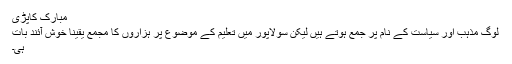
مبارک کاپڑی
لوگ مذہب اور سیاست کے نام پر جمع ہوتے ہیں لیکن سولاپور میں تعلیم کے موضوع پر ہزاروں کا مجمع یقینا خوش آئند بات
ہی۔